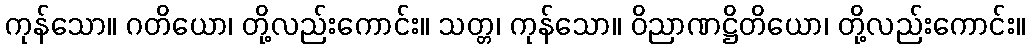
ကုန်သော။ ဂတိယော၊ တို့လည်းကောင်း။ သတ္တ၊ ကုန်သော။ ဝိညာဏဋ္ဌိတိယော၊ တို့လည်းကောင်း။